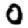
Digit: 0